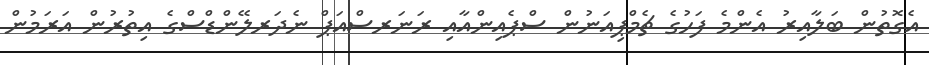
އެގޮތުން ބަލާއިރު އެންމެ ފަހުގެ ޗެމްޕިއަނުން ސްޕެއިންއާއި ރަނަރސްއަޕް ނެދަރލޭންޑްސްގެ އިތުރުން އަރަމުން